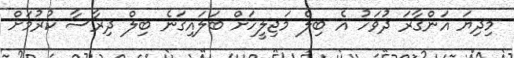
މިދިޔަ އަންގާރަ ދުވަހު އެ ބިލް މަޖިލީހަށް ބަލައިގަނެ ބިލް ދިރާސާ ކުރުމަށް